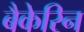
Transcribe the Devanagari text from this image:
बैकेरिन